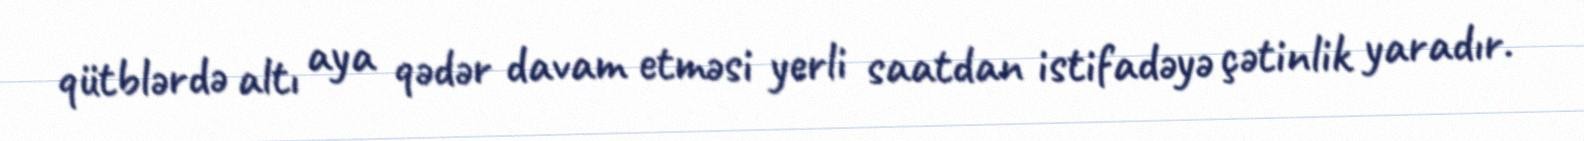
qütblərdə altı aya qədər davam etməsi yerli saatdan istifadəyə çətinlik yaradır.